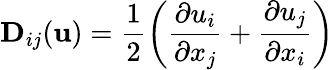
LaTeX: \mathbf{D}_{ij}(\mathbf{u})=\frac{1}{2}\left(\frac{\partial u_{i}}{\partial x_{j}}+\frac{\partial u_{j}}{\partial x_{i}}\right)